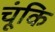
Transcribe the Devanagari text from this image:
चूंकि